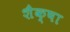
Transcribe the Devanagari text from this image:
शैक्षा